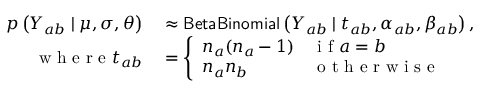
\begin{array} { r l } { p \left( Y _ { a b } \mid \mu , \sigma , \theta \right) } & { { } \approx \mathsf { B e t a B i n o m i a l } \left( Y _ { a b } \mid t _ { a b } , \alpha _ { a b } , \beta _ { a b } \right) , } \\ { \mathrm { ~ w ~ h ~ e ~ r ~ e ~ } t _ { a b } } & { { } = \left\{ \begin{array} { l l } { n _ { a } ( n _ { a } - 1 ) } & { \mathrm { ~ i ~ f ~ } a = b } \\ { n _ { a } n _ { b } } & { \mathrm { ~ o ~ t ~ h ~ e ~ r ~ w ~ i ~ s ~ e ~ } } \end{array} \right. } \end{array}